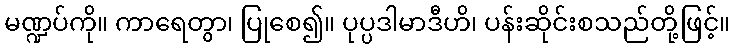
မဏ္ဍပ်ကို။ ကာရေတွာ၊ ပြုစေ၍။ ပုပ္ပဒါမာဒီဟိ၊ ပန်းဆိုင်းစသည်တို့ဖြင့်။